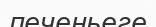
печеньеге